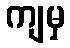
ကျမှ